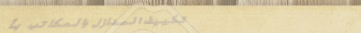
تكييف المنازل والمكاتب بأ